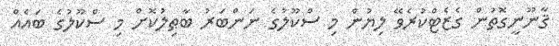
ޤާނޫނީގޮތުން ގެޒެޓްކުރެވޭ ލިޔުން މި ސްކޫލުގެ ނަންބަރު ބާޠިލުކޮށް މި ސްކޫލުގެ ބައެއް